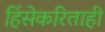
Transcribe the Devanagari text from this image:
हिंसेकरिताही